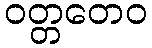
ဝတ္တတေဝ